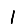
Digit: 1